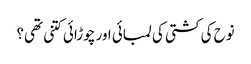
نوح کی کشتی کی لمبائی اور چوڑائی کتنی تھی؟